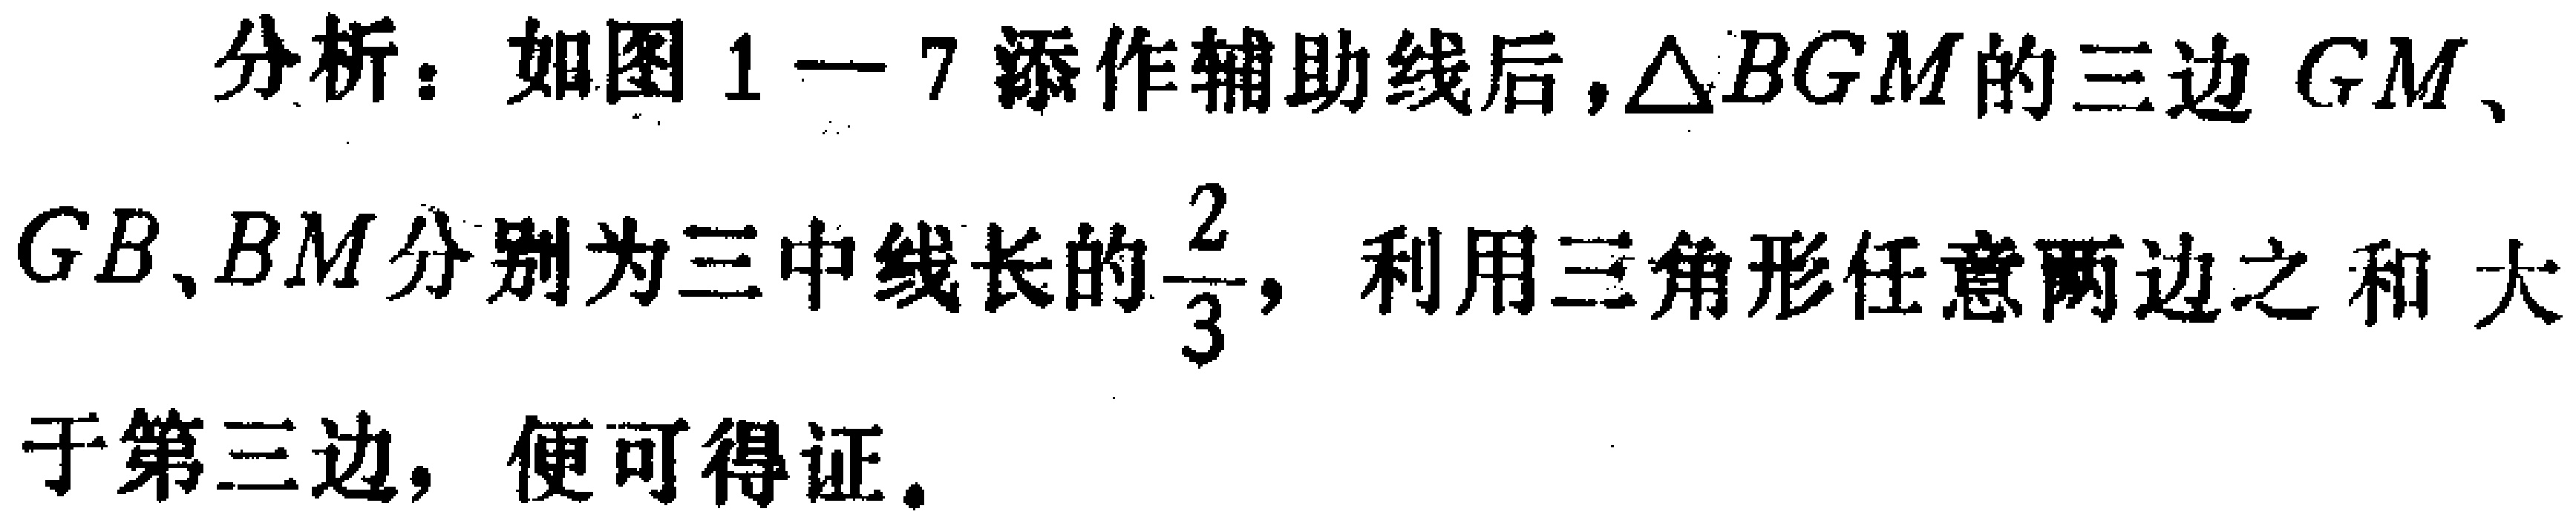
分析：如图1—7添作辅助线后，\(\triangle BGM\)的三边 \(GM\)、\(GB\)、\(BM\)分别为三中线长的\(\frac{2}{3}\)，利用三角形任意两边之和 大

于第三边，便可得证。